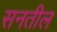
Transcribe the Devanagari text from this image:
सनतील